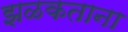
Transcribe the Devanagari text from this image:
झळकताना